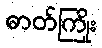
ဓာတ်ကြိုး